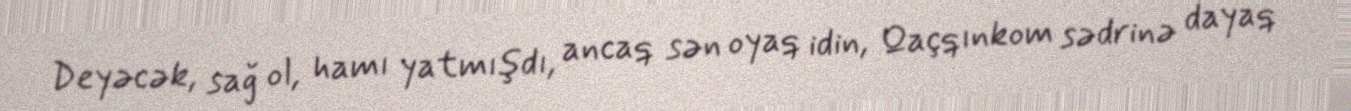
Deyəcək, sağ ol, hamı yatmışdı, ancaq sən oyaq idin, Qaçqınkom sədrinə dayaq